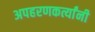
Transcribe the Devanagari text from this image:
अपहरणकर्त्यांनी